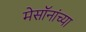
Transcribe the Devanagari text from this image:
मेसॉनांच्या